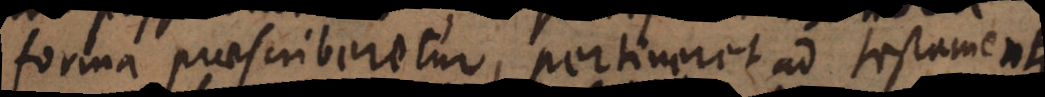
forma praescriberetur, pertineret ad testamenta